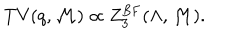
\mathrm { T V } ( q , { \cal M } ) \propto Z _ { 3 } ^ { \mathrm { B F } } ( \Lambda , { \cal M } ) .